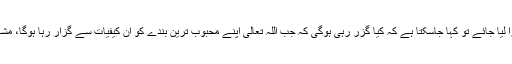
اگر انسانی الفاظ اور جذبات کا سہارا لیا جائے تو کہا جاسکتا ہے کہ کیا گزر رہی ہوگی کہ جب اللہ تعالیٰ اپنے محبوب ترین بندے کو ان کیفیات سے گزار رہا ہوگا، مشکلات و مصائب میں دیکھ رہا ہوگا۔